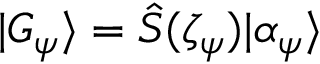
| G _ { \psi } \rangle = \hat { S } ( \zeta _ { \psi } ) | \alpha _ { \psi } \rangle